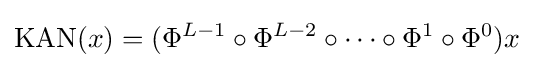
\mathrm {KAN} (x)=(\Phi ^{L-1}\circ \Phi ^{L-2}\circ \cdots \circ \Phi ^{1}\circ \Phi ^{0})x